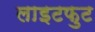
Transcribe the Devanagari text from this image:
लाइटफुट